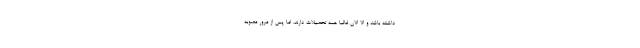
داشته باشد و الا الان غالباً همه تحصیلات دارند، اما پس از مرور مصوبه